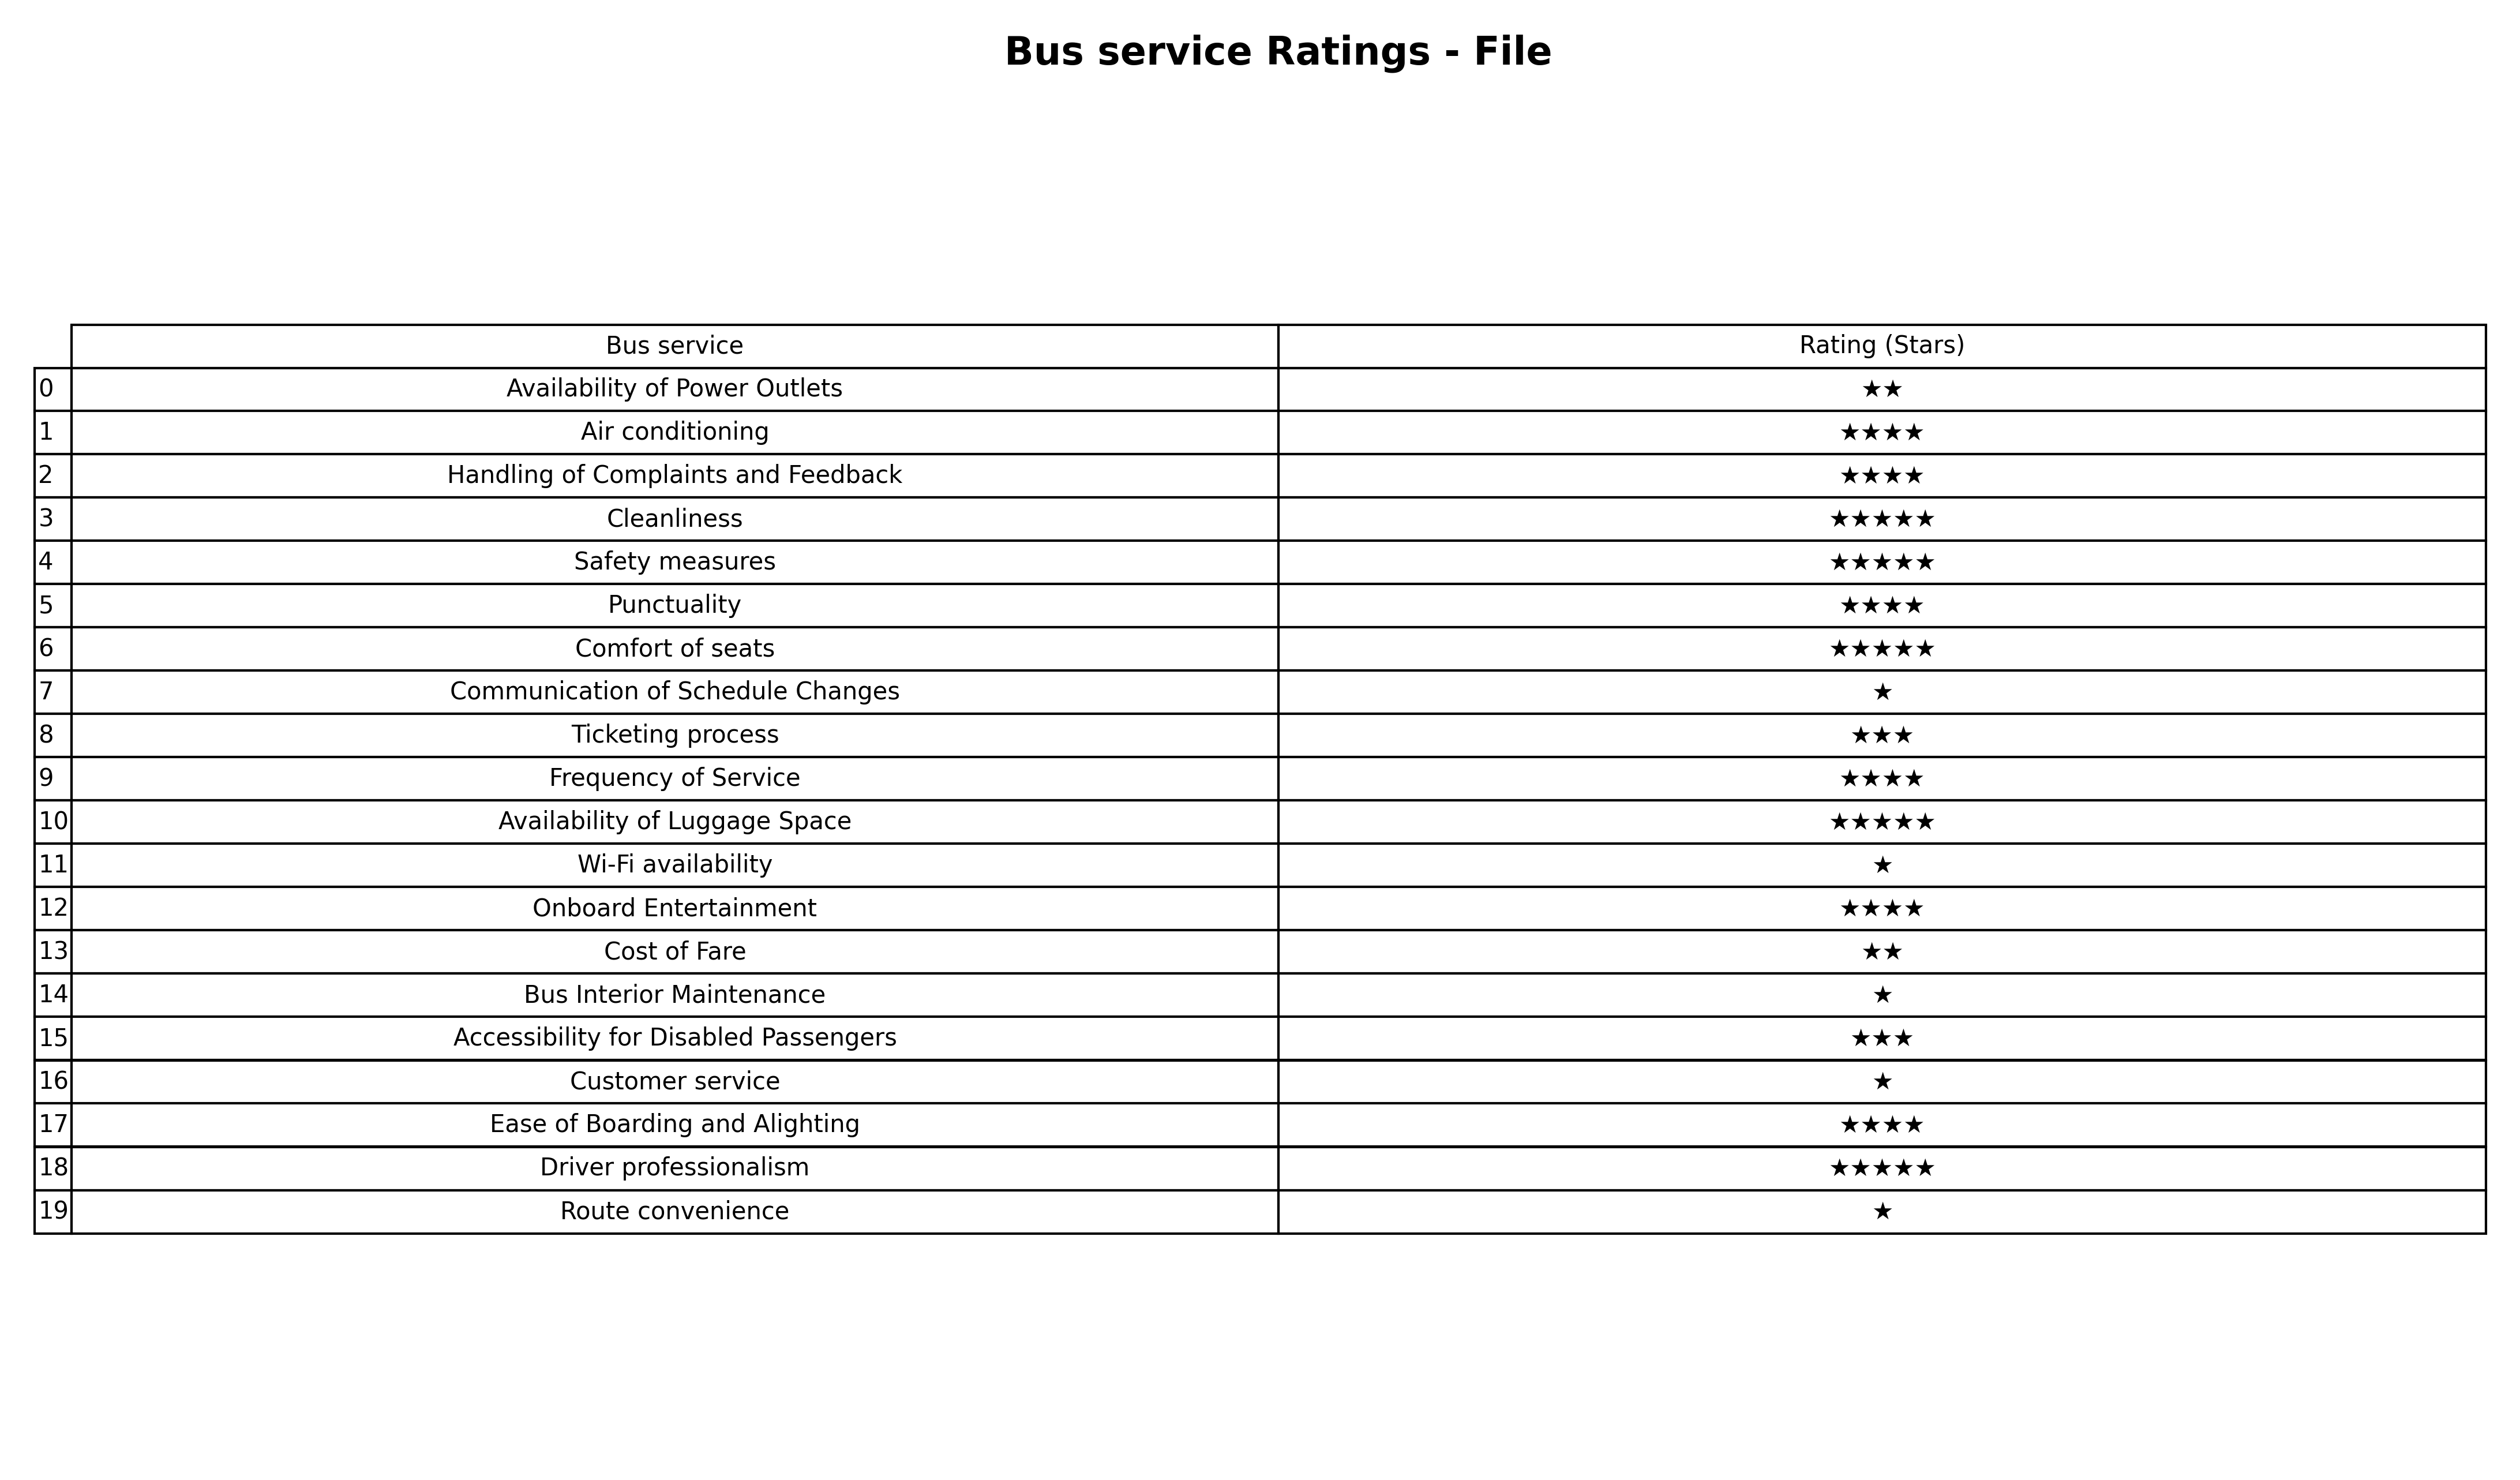
question: What is the rating of Availability of Luggage Space?
answer: ★★★★★